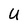
Character: U